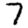
Digit: 7